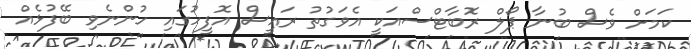
ކަމަށް ވެސް ބުނާ ޕޯލް ރޮބާޓްސްއަކީ އެވަގުތު ރައީސް އޮފީހުގައި ހުންނެވި ބޭފުޅެއް